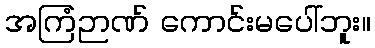
အကြံဉာဏ် ကောင်းမပေါ်ဘူး။